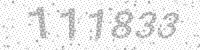
Solution: 111833